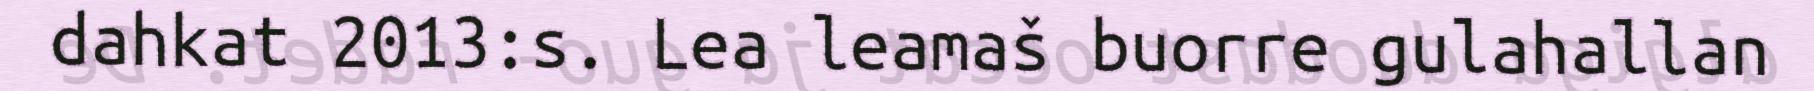
dahkat 2013:s. Lea leamaš buorre gulahallan